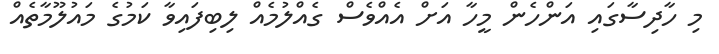
މި ހާދިސާގައި އަންހެން މީހާ އަށް އެއްވެސް ގެއްލުމެއް ލިބިފައިވާ ކަމުގެ މައުލޫމާތެއް